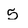
Character: 5